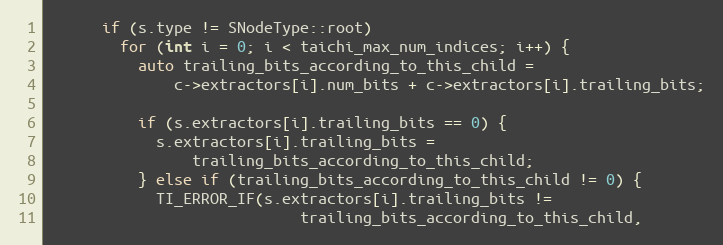
Language: C++
      if (s.type != SNodeType::root)
        for (int i = 0; i < taichi_max_num_indices; i++) {
          auto trailing_bits_according_to_this_child =
              c->extractors[i].num_bits + c->extractors[i].trailing_bits;

          if (s.extractors[i].trailing_bits == 0) {
            s.extractors[i].trailing_bits =
                trailing_bits_according_to_this_child;
          } else if (trailing_bits_according_to_this_child != 0) {
            TI_ERROR_IF(s.extractors[i].trailing_bits !=
                            trailing_bits_according_to_this_child,